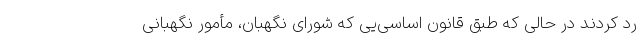
رد کردند در حالی که طبق قانون اساسی‌یی که شورای نگهبان، مأمور نگهبانی